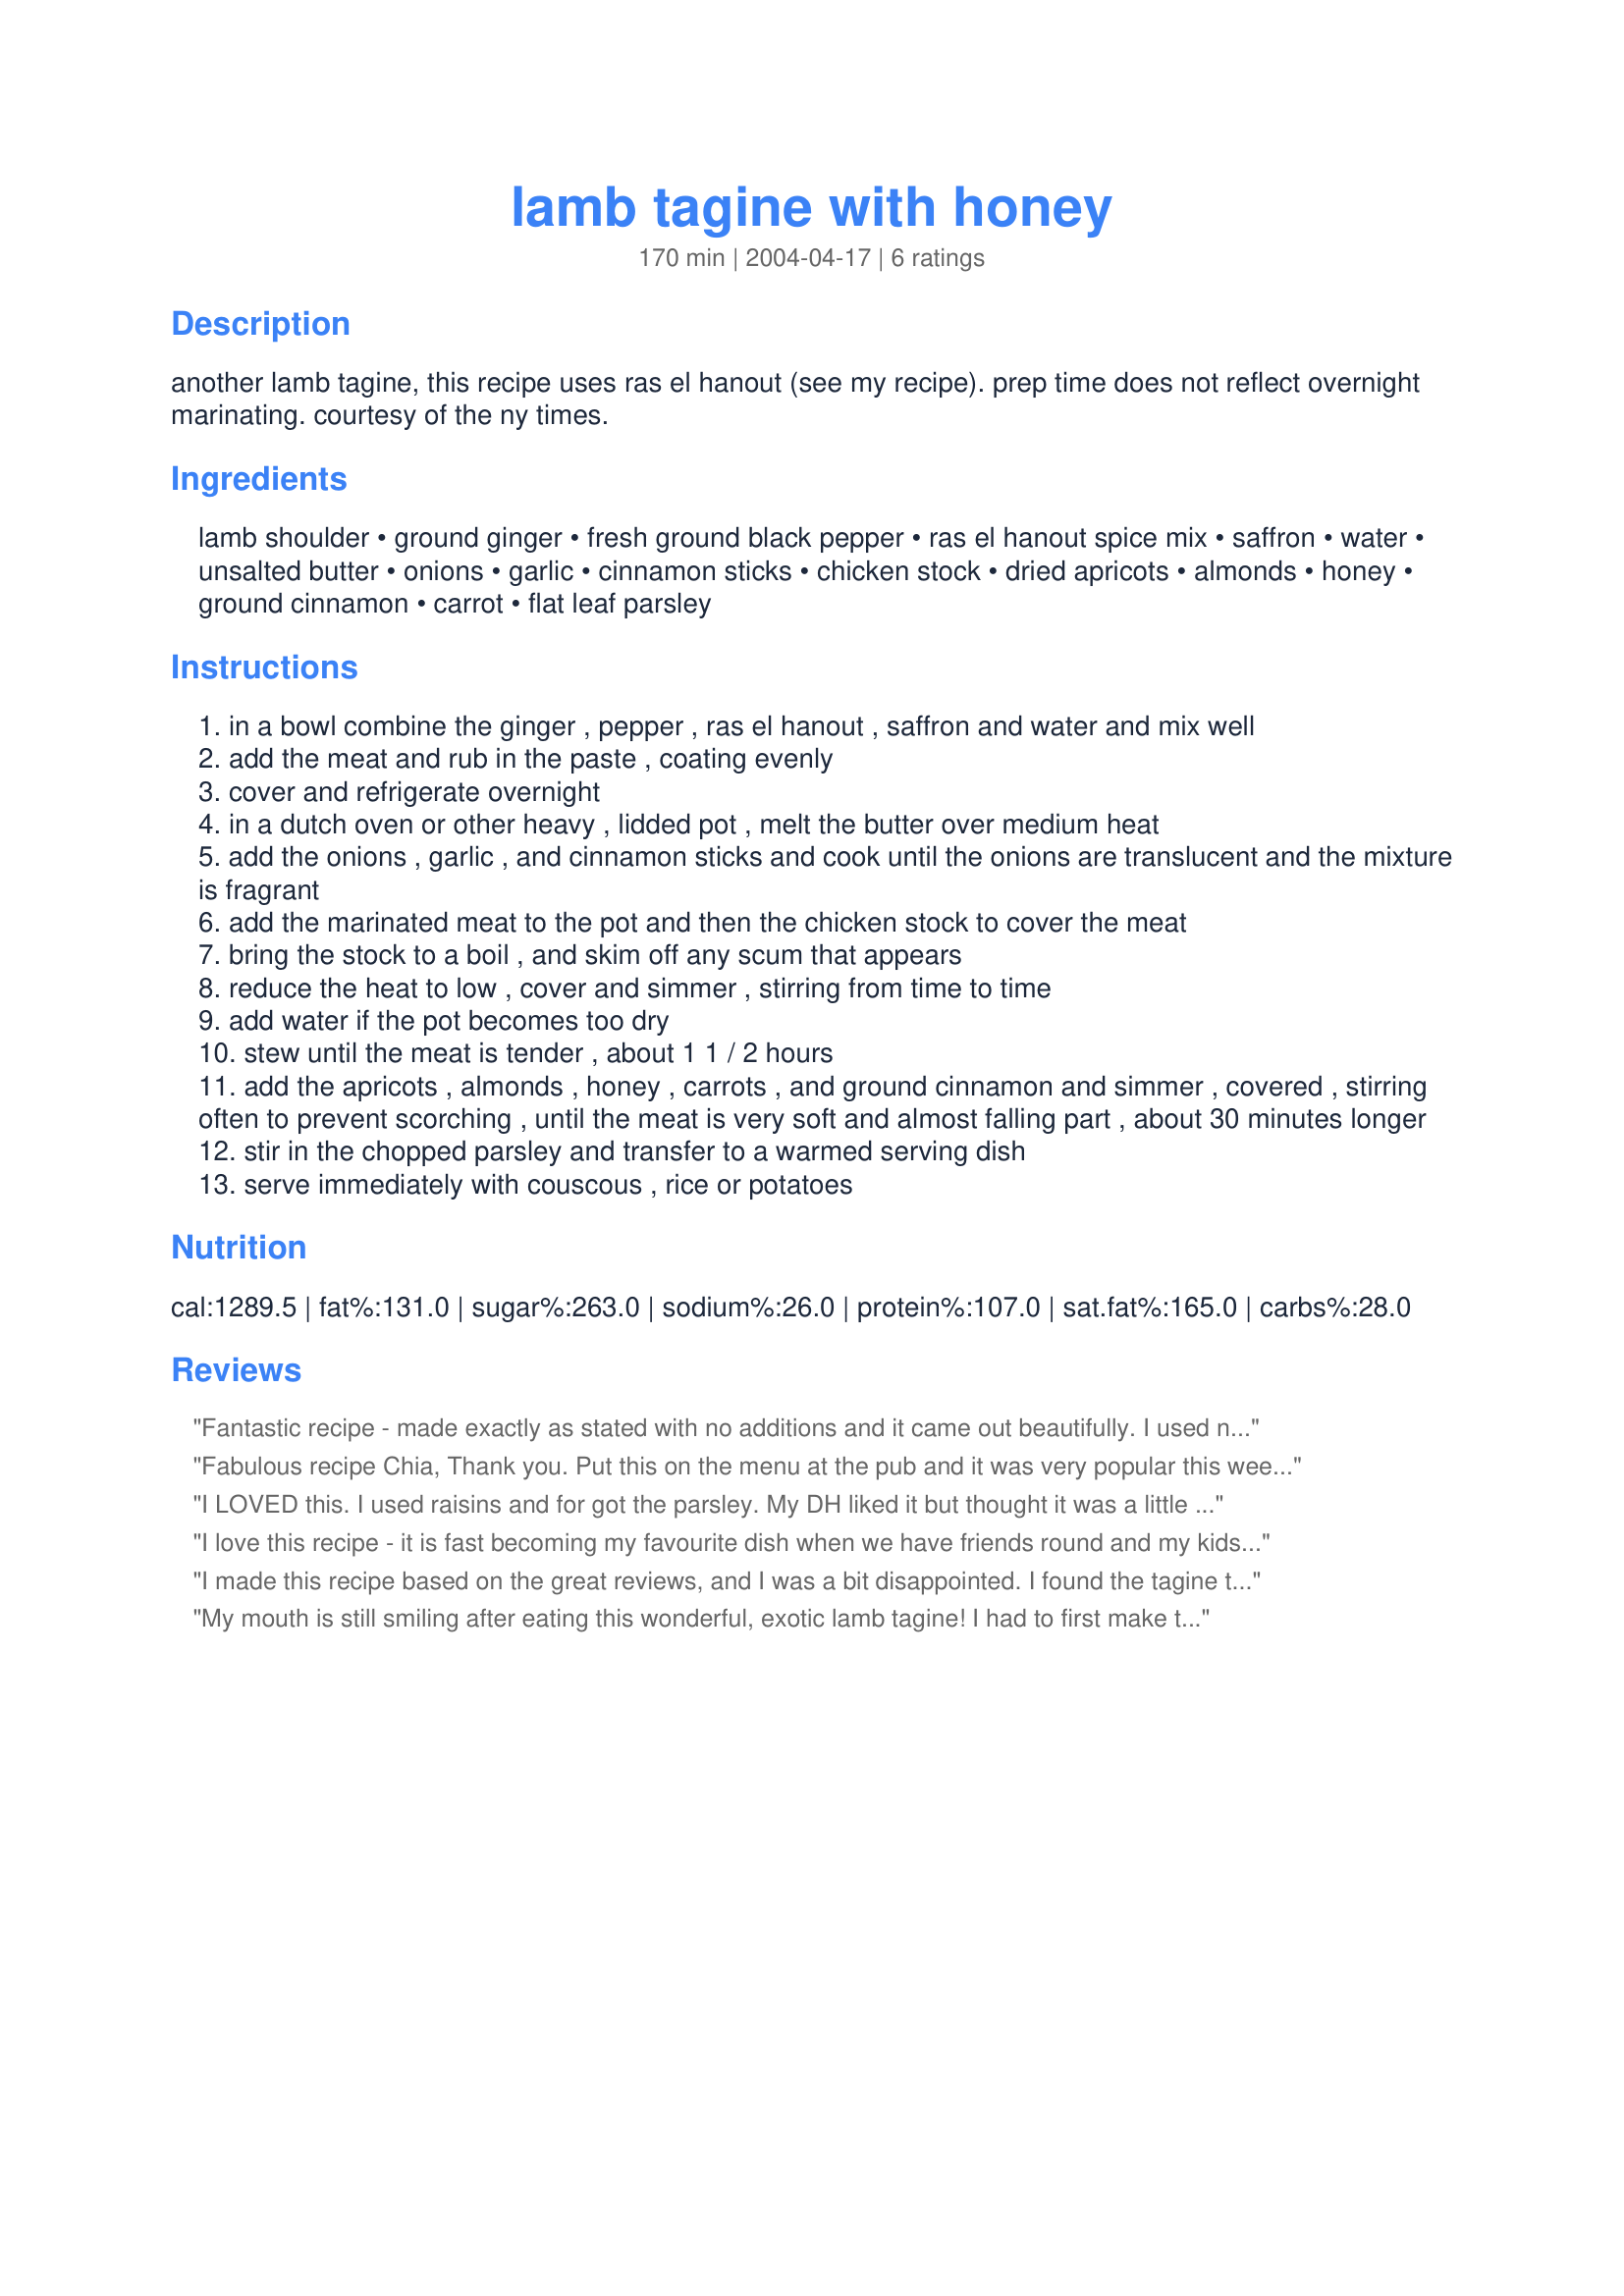
lamb tagine with honey
Preparation time: 170 minutes

another lamb tagine, this recipe uses ras el hanout (see my recipe). prep time does not reflect overnight marinating. courtesy of the ny times.

Ingredients:
lamb shoulder, ground ginger, fresh ground black pepper, ras el hanout spice mix, saffron, water, unsalted butter, onions, garlic, cinnamon sticks, chicken stock, dried apricots, almonds, honey, ground cinnamon, carrot, flat leaf parsley

Steps:
in a bowl combine the ginger , pepper , ras el hanout , saffron and water and mix well
add the meat and rub in the paste , coating evenly
cover and refrigerate overnight
in a dutch oven or other heavy , lidded pot , melt the butter over medium heat
add the onions , garlic , and cinnamon sticks and cook until the onions are translucent and the mixture is fragrant
add the marinated meat to the pot and then the chicken stock to cover the meat
bring the stock to a boil , and skim off any scum that appears
reduce the heat to low , cover and simmer , stirring from time to time
add water if the pot becomes too dry
stew until the meat is tender , about 1 1 / 2 hours
add the apricots , almonds , honey , carrots , and ground cinnamon and simmer , covered , stirring often to prevent scorching , until the meat is very soft and almost falling part , about 30 minutes longer
stir in the chopped parsley and transfer to a warmed serving dish
serve immediately with couscous , rice or potatoes

Reviews:
Fantastic recipe - made exactly as stated with no additions and it came out beautifully. I used neck of lamb and got the tagine simmering on the stove top for an hour whilst I went to gym, then added the almonds etc on my return and cooked for another hour. The meat was melt-in-the-mouth and the flavour wonderful. This one will be done again...and again...and again. Thanks!
Fabulous recipe Chia, Thank you. Put this on the menu at the pub and it was very popular this weekend. Need to cook it in a seriously thick bottomed pan or the sweet sauce will stick and burn but the flavour is lovely with a nice kick.
I LOVED this. I used raisins and for got the parsley. My DH liked it but thought it was a little too sweet for a dinner. (He's just not into dishes with a bit of a sweeter side) I'd make it again.
I love this recipe - it is fast becoming my favourite dish when we have friends round and my kids love it too!! It is easy to cook and tastes wonderful - thank you.
I made this recipe based on the great reviews, and I was a bit disappointed. I found the tagine to be both too sweet and too greasy. The lamb shoulder itself is a fairly fatty cut - adding 1/2 cup butter is overkill. I only added 1/4 cup, but still found the result very heavy. Similarly, there needed to be some counterbalance to the honey & cinnamon. I added a jalapeno pepper and salt (strangely missing from the recipe), but it still needed something else. There are a lot of great tagine recipes on this site - this one wasn't my favorite.
My mouth is still smiling after eating this wonderful, exotic lamb tagine! I had to first make the aromatic spice mix #87818, which set my mouth to watering as I rubbed it into the lamb cubes. I couldn't wait to make this recipe and it went together quickly and easily. Waiting to put the tender, spicy meat into our mouths was the hardest part!
We give this recipe 5 stars for flavor and ease of preparation. I'm not sure I like the almonds cooked in the tagine since they got a little soggy and I'm used to eating my nuts crisp. Would it be too tacky to just put in half into the meat and then sprinkle the rest on the top. Thanks Chia for always providing such delicious and adventurous meals for us.
